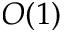
O ( 1 )